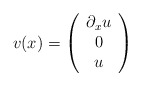
\begin{align*}v(x)=\left(\begin{array}{c}\partial_x u\\0\\u\end{array}\right)\end{align*}